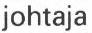
johtaja